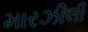
મારઝીલી